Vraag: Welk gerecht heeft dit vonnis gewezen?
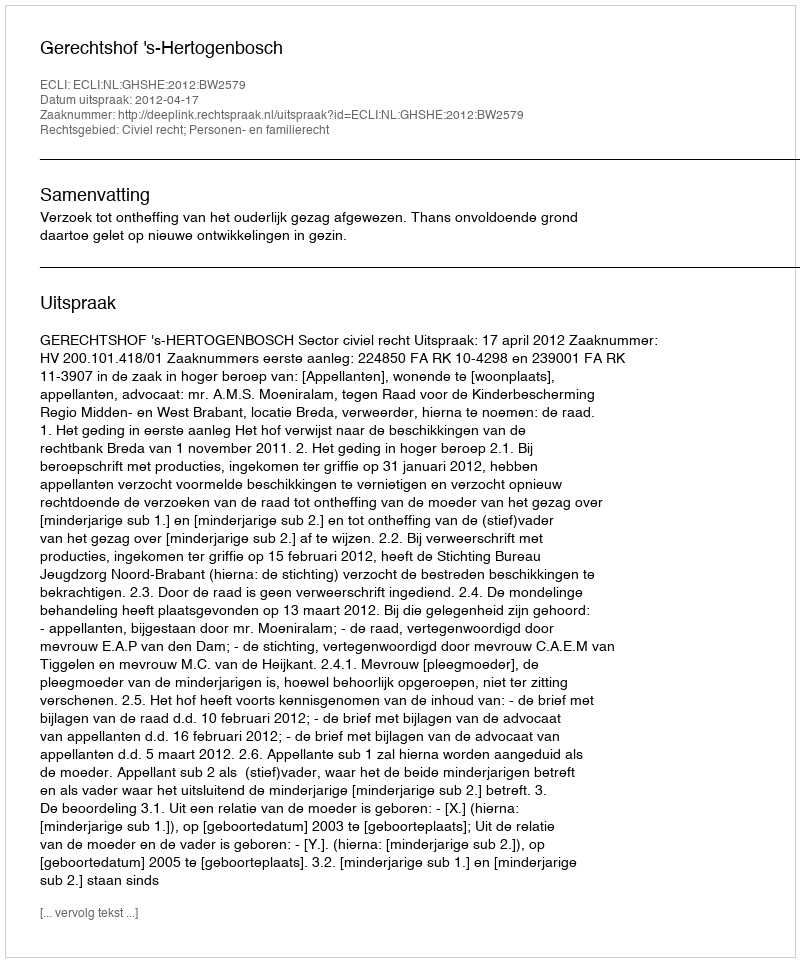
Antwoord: Gerechtshof 's-Hertogenbosch